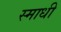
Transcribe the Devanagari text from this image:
स्माधी